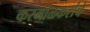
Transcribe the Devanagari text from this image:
करमाळकरांचे